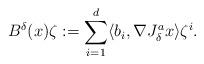
LaTeX: \begin{align*}B^{\delta}(x)\zeta:=\sum_{i=1}^{d}\langle b_{i},\nabla J_{\delta}^{a}x\rangle\zeta^{i}.\end{align*}